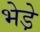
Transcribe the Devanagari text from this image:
भेडे़